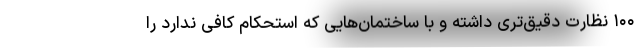
۱۰۰ نظارت دقیق‌تری داشته و با ساختمان‌هایی که استحکام کافی ندارد را